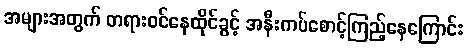
အများအတွက် တရားဝင်နေထိုင်ခွင့် အနီးကပ်စောင့်ကြည့်နေကြောင်း